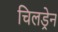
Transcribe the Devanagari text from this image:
चिलड्रेन